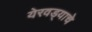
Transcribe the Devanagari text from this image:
येरवड्याचे